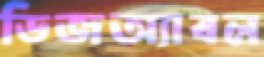
ডিজঅ্যাবল